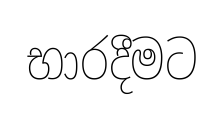
භාරදීමට